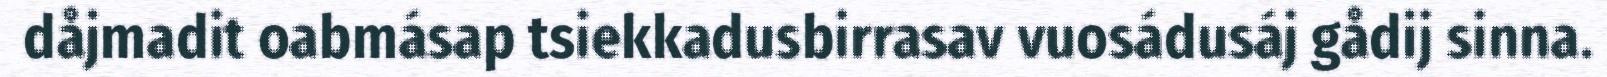
dåjmadit oabmásap tsiekkadusbirrasav vuosádusáj gådij sinna.